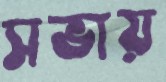
সভায়